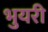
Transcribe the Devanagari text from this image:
भुयरी